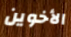
الأخوين